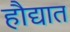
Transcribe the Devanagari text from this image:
हौद्यात